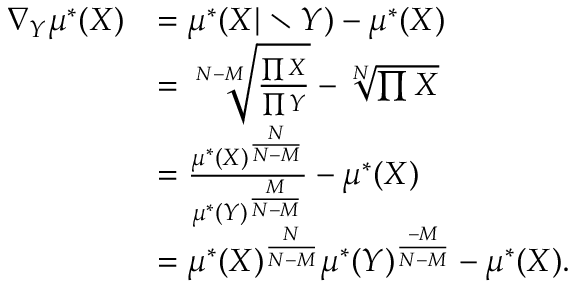
\begin{array} { r l } { \nabla _ { Y } \mu ^ { * } ( X ) } & { = \mu ^ { * } ( X \vert \setminus Y ) - \mu ^ { * } ( X ) } \\ & { = \sqrt [ N - M ] { \frac { \prod X } { \prod Y } } - \sqrt [ N ] { \prod X } } \\ & { = \frac { \mu ^ { * } ( X ) ^ { \frac { N } { N - M } } } { \mu ^ { * } ( Y ) ^ { \frac { M } { N - M } } } - \mu ^ { * } ( X ) } \\ & { = \mu ^ { * } ( X ) ^ { \frac { N } { N - M } } \mu ^ { * } ( Y ) ^ { \frac { - M } { N - M } } - \mu ^ { * } ( X ) . } \end{array}